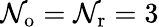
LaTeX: {\mathcal{N}_{\mathrm{{o}}}}={\mathcal{N}_{\mathrm{{r}}}}=3